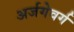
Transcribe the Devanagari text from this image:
अर्जगेवर्ग